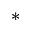
^ *